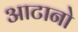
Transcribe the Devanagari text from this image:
आटानो